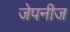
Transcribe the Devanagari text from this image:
जेपनीज